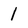
Character: 1